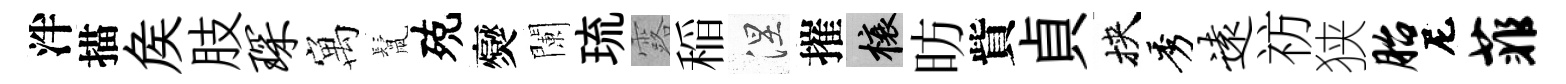
泮描矦肢琛寓鬛殑爕闌琉露稲涅摧榱昉貲貞挾秀远祊狭胎尼菲